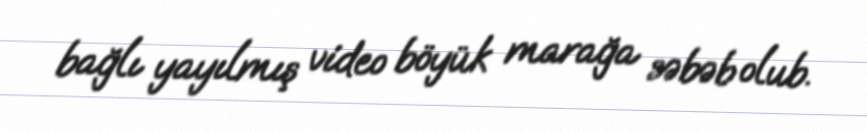
bağlı yayılmış video böyük marağa səbəb olub.